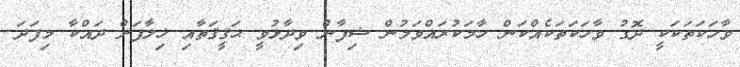
ވާހަކަތަކަކީ ދޮގު ވާހަކަތަކެއްކަން ހާމަކުރައްވަމުން ޝިފާން ވިދާޅުވީ ޙަޤީޤަތާއި ޚިލާފަށް ދައްކާ މިފަދަ